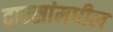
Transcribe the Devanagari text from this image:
वारसांमधील